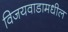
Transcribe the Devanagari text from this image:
विजयवाडामधील